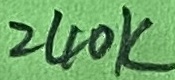
Text: 240k